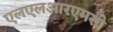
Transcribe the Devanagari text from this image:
एलएलआरएमसी